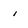
Character: i